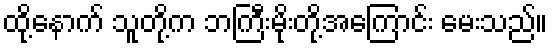
ထို့နောက် သူတို့က ဘကြီးမိုးတို့အကြောင်း မေးသည်။